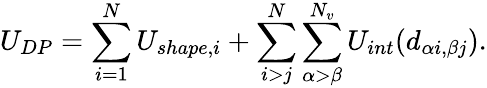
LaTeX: U_{DP}=\sum_{i=1}^{N}U_{shape,i}+\sum_{i>j}^{N}\sum_{\alpha>\beta}^{N_{v}}U_{int}(d_{\alpha i,\beta j}).